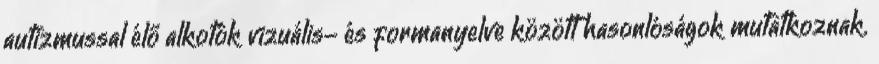
autizmussal élő alkotók vizuális- és formanyelve között hasonlóságok mutatkoznak.